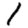
Digit: 1